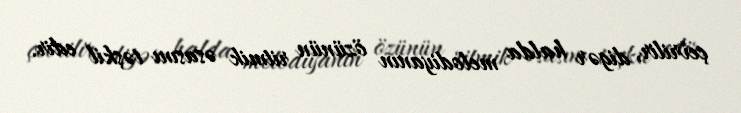
çevrilir, digər halda melodiyanın özünün ritmik əsasını təşkil edir.